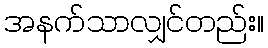
အနက်သာလျှင်တည်း။